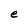
Character: e